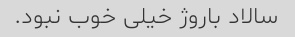
سالاد باروژ خیلی خوب نبود.